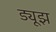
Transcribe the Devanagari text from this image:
ड्यूझ